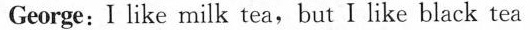
George:I like milk tea,but I like black tea